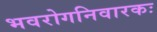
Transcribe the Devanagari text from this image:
भवरोगनिवारकः